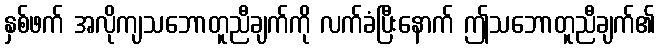
နှစ်ဖက် အလိုကျသဘောတူညီချက်ကို လက်ခံပြီးနောက် ဤသဘောတူညီချက်၏